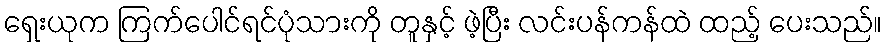
ရှေးယုက ကြက်ပေါင်ရင်ပုံသားကို တူနှင့် ဖဲ့ပြီး လင်းပန်ကန်ထဲ ထည့် ပေးသည်။